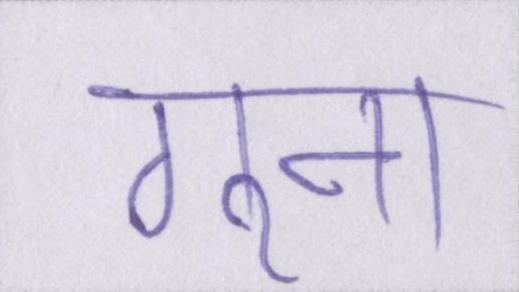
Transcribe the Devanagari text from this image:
गुना